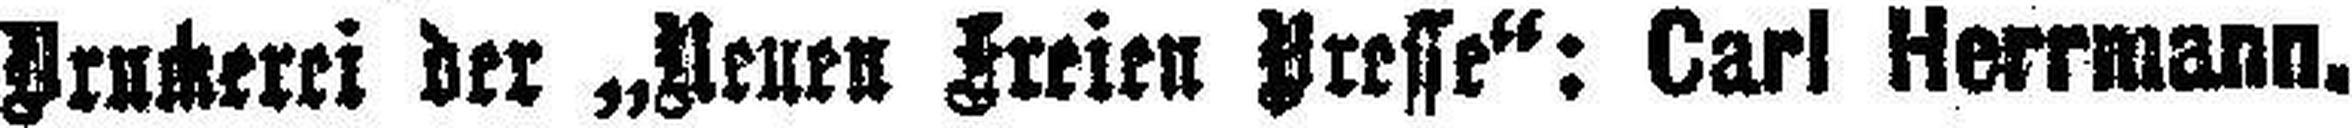
Druckerei der „Neuen Freien Presse“: Carl Herrmann.